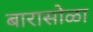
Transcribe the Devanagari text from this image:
बारासोळा